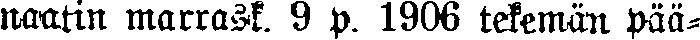
naatin marrask. 9 p. 1906 tekemän pää-